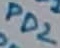
Text: PD2